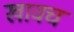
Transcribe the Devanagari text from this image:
खावच